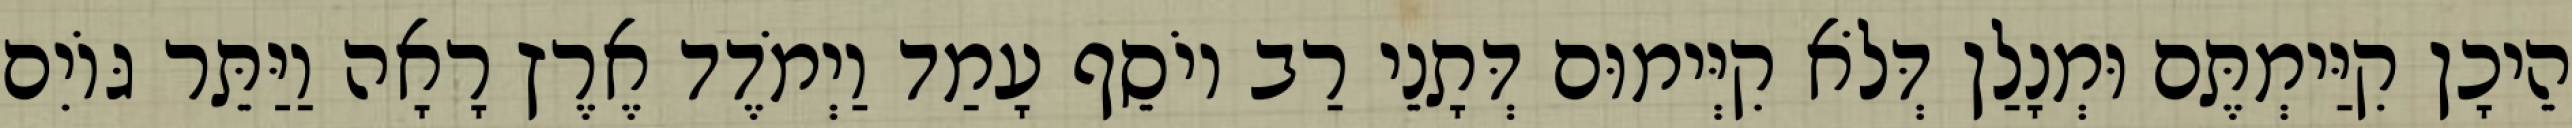
הֵיכָן קִיַּימְתֶּם וּמְנָלַן דְּלֹא קִיְּימוּם דְּתָנֵי רַב יוֹסֵף עָמַד וַיְמֹדֶד אֶרֶץ רָאָה וַיַּתֵּר גּוֹיִם